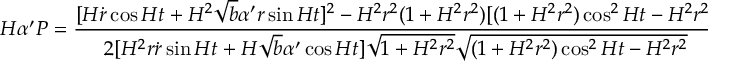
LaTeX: H \alpha ^ { \prime } P = \frac { [ H \dot { r } \cos H t + H ^ { 2 } \sqrt { b } \alpha ^ { \prime } r \sin H t ] ^ { 2 } - H ^ { 2 } r ^ { 2 } ( 1 + H ^ { 2 } r ^ { 2 } ) [ ( 1 + H ^ { 2 } r ^ { 2 } ) \cos ^ { 2 } H t - H ^ { 2 } r ^ { 2 } ] } { 2 [ H ^ { 2 } r \dot { r } \sin H t + H \sqrt { b } \alpha ^ { \prime } \cos H t ] \sqrt { 1 + H ^ { 2 } r ^ { 2 } } \sqrt { ( 1 + H ^ { 2 } r ^ { 2 } ) \cos ^ { 2 } H t - H ^ { 2 } r ^ { 2 } } } .